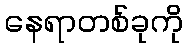
နေရာတစ်ခုကို